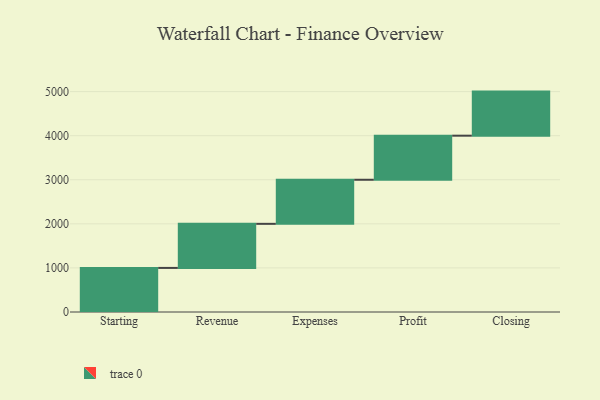
{"axis": {"x": "Step", "y": "Value"}, "legend": [""], "data": [{"x": "Starting", "y": 1000, "type": ""}, {"x": "Revenue", "y": 1000, "type": ""}, {"x": "Expenses", "y": 1000, "type": ""}, {"x": "Profit", "y": 1000, "type": ""}, {"x": "Closing", "y": 1000, "type": ""}]}